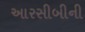
આરસીબીની